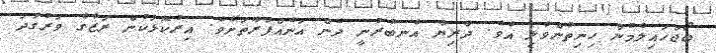
ބޯޖަހައިލުމުން ހިނިތުންވެލި އެވެ. ދާރިޔާ އެނބުރުނީ ދެން އަނެއްފަރާތަށެވެ. އިރުކޮޅަކުން ރަޒާގެ ވަރުގަދަ